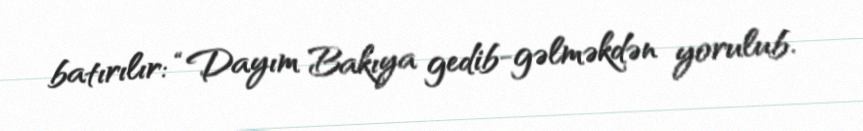
batırılır: “Dayım Bakıya gedib-gəlməkdən yorulub.